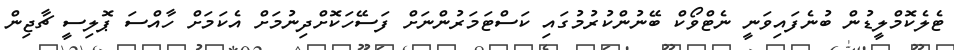
ޓެލެކޮމްލީޑުން ބުނެފައިވަނީ ނެޓްވޯކް ބޭނުންކުރުމުގައި ކަސްޓަމަރުންނަށް ފަސޭހަކޮށްދިނުމަށް އެކަމަށް ހާއްސަ ޕޮލިސީ ޗާޖިން